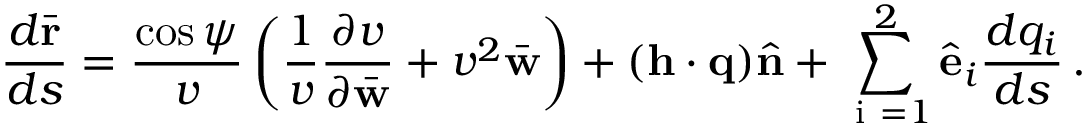
\frac { d \bar { \bf r } } { d s } = \frac { \cos \psi } { v } \left( \frac { 1 } { v } \frac { \partial v } { \partial \bar { \bf w } } + v ^ { 2 } \bar { \bf w } \right) + ( { \bf h } \cdot { \bf q } ) \hat { \bf n } + \sum _ { \mathrm { ~ i ~ } = 1 } ^ { 2 } \hat { \bf e } _ { i } \frac { d q _ { i } } { d s } \, .